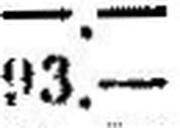
93.—